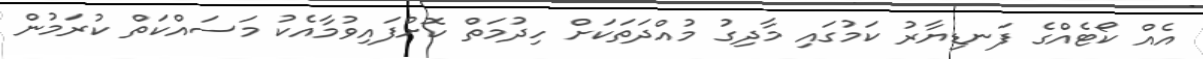
އެއް ކޯޓެއްގެ ފަނޑިޔާރު ކަމުގައި މާދިގު މުއްދަތަކަށް ހިދުމަތް ކޮށްފައިވުމާއެކު މަސައްކަތް ކުރަމުން